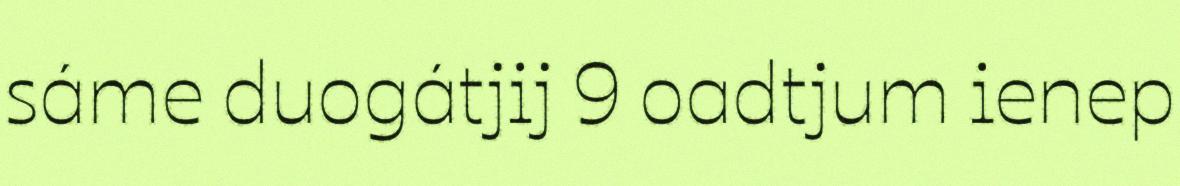
sáme duogátjij 9 oadtjum ienep